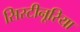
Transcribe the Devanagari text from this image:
सिस्टीनूरिया